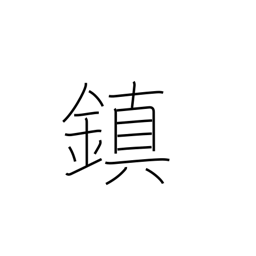
Meaning: tranquilize